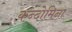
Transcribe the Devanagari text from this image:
कन्दोमिना